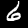
Label: 6